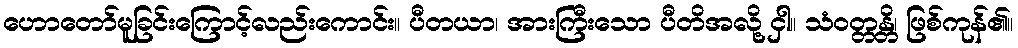
ဟောတော်မူခြင်းကြောင့်လည်းကောင်း။ ပီတယာ၊ အားကြီးသော ပီတိအလို့ ငှါ။ သံဝတ္တန္တိ၊ ဖြစ်ကုန်၏။